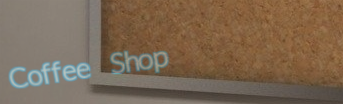
Coffee Shop